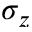
\sigma _ { z }